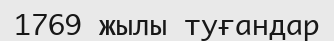
1769 жылы туғандар